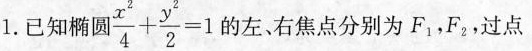
1.已知椭圆$$\frac { x ^ { 2 } } { 4 } +